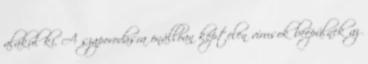
alakul ki. A szaporodásra önállóan képtelen vírusok beépülnek az